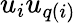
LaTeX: u_{i}u_{q(i)}